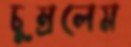
চুম্‌রলেম